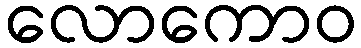
လောကောဝ